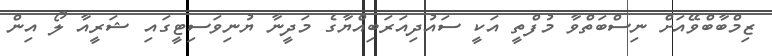
ޒިމްބާބްވޭއަށް ނިސްބަތްވާ މުފްތީ އަކީ ސައުދިއަރަބިއްޔާގެ މަދީނާ ޔުނިވަސިޓީގައި ޝަރީއާ ލޯ އިން